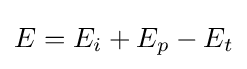
\textstyle E=E_{i}+E_{p}-E_{t}